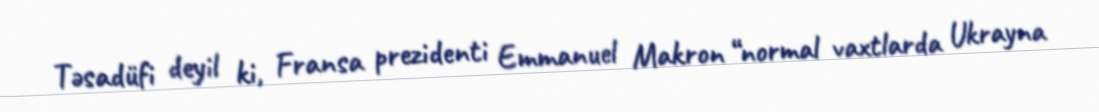
Təsadüfi deyil ki, Fransa prezidenti Emmanuel Makron “normal vaxtlarda Ukrayna